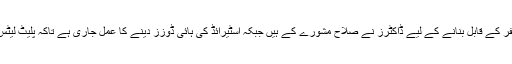
ان کا کہنا تھا کہ نواز شریف کو سفر کے قابل بنانے کے لیے ڈاکٹرز نے صلاح مشورے کے ہیں جبکہ اسٹیرائڈ کی ہائی ڈوزز دینے کا عمل جاری ہے تاکہ پلیٹ لیٹس کی مقدار سفر کے قابل ہو سکے۔